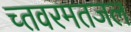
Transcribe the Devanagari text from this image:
च्तवरमतजल